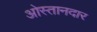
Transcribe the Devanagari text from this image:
ओस्तानदार